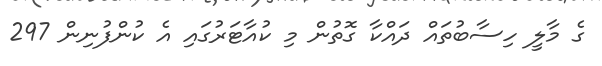
ގެ މާލީ ހިސާބުތައް ދައްކާ ގޮތުން މި ކުއާޓަރުގައި އެ ކުންފުނިން 297